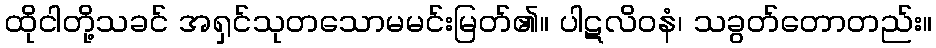
ထိုငါတို့သခင် အရှင်သုတသောမမင်းမြတ်၏။ ပါဋလိဝနံ၊ သခွတ်တောတည်း။